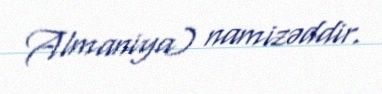
Almaniya) namizəddir.